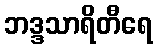
ဘဒ္ဒသာရိတီရေ